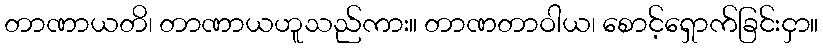
တာဏာယတိ၊ တာဏာယဟူသည်ကား။ တာဏတာဝါယ၊ စောင့်ရှောက်ခြင်းငှာ။